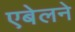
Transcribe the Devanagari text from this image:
एबेलने